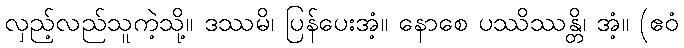
လှည့်လည်သူကဲ့သို့။ ဒဿမိ၊ ပြန်ပေးအံ့။ နောစေ ပဿိဿန္တိ၊ အံ့။ (ဧဝံ